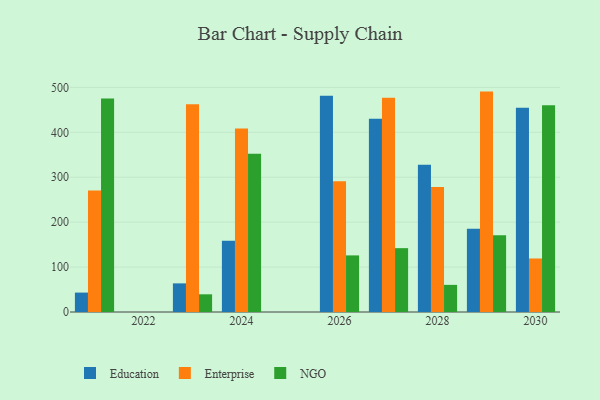
{"axis": {"x": "Year", "y": "Demand Index"}, "legend": ["Education", "Enterprise", "NGO"], "data": [{"x": "2027", "y": 430.3, "type": "Education"}, {"x": "2027", "y": 477.1, "type": "Enterprise"}, {"x": "2027", "y": 142.1, "type": "NGO"}, {"x": "2024", "y": 158.7, "type": "Education"}, {"x": "2024", "y": 408.4, "type": "Enterprise"}, {"x": "2024", "y": 352.1, "type": "NGO"}, {"x": "2028", "y": 328.0, "type": "Education"}, {"x": "2028", "y": 278.3, "type": "Enterprise"}, {"x": "2028", "y": 60.4, "type": "NGO"}, {"x": "2021", "y": 43.2, "type": "Education"}, {"x": "2021", "y": 270.2, "type": "Enterprise"}, {"x": "2021", "y": 475.1, "type": "NGO"}, {"x": "2030", "y": 454.8, "type": "Education"}, {"x": "2030", "y": 119.1, "type": "Enterprise"}, {"x": "2030", "y": 460.0, "type": "NGO"}, {"x": "2026", "y": 481.3, "type": "Education"}, {"x": "2026", "y": 291.0, "type": "Enterprise"}, {"x": "2026", "y": 126.0, "type": "NGO"}, {"x": "2029", "y": 185.1, "type": "Education"}, {"x": "2029", "y": 490.6, "type": "Enterprise"}, {"x": "2029", "y": 170.8, "type": "NGO"}, {"x": "2023", "y": 63.7, "type": "Education"}, {"x": "2023", "y": 462.5, "type": "Enterprise"}, {"x": "2023", "y": 39.4, "type": "NGO"}]}